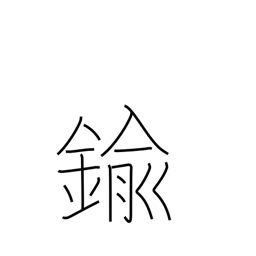
Meaning: brass